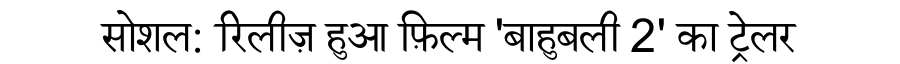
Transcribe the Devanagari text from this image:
सोशल: रिलीज़ हुआ फ़िल्म 'बाहुबली 2' का ट्रेलर